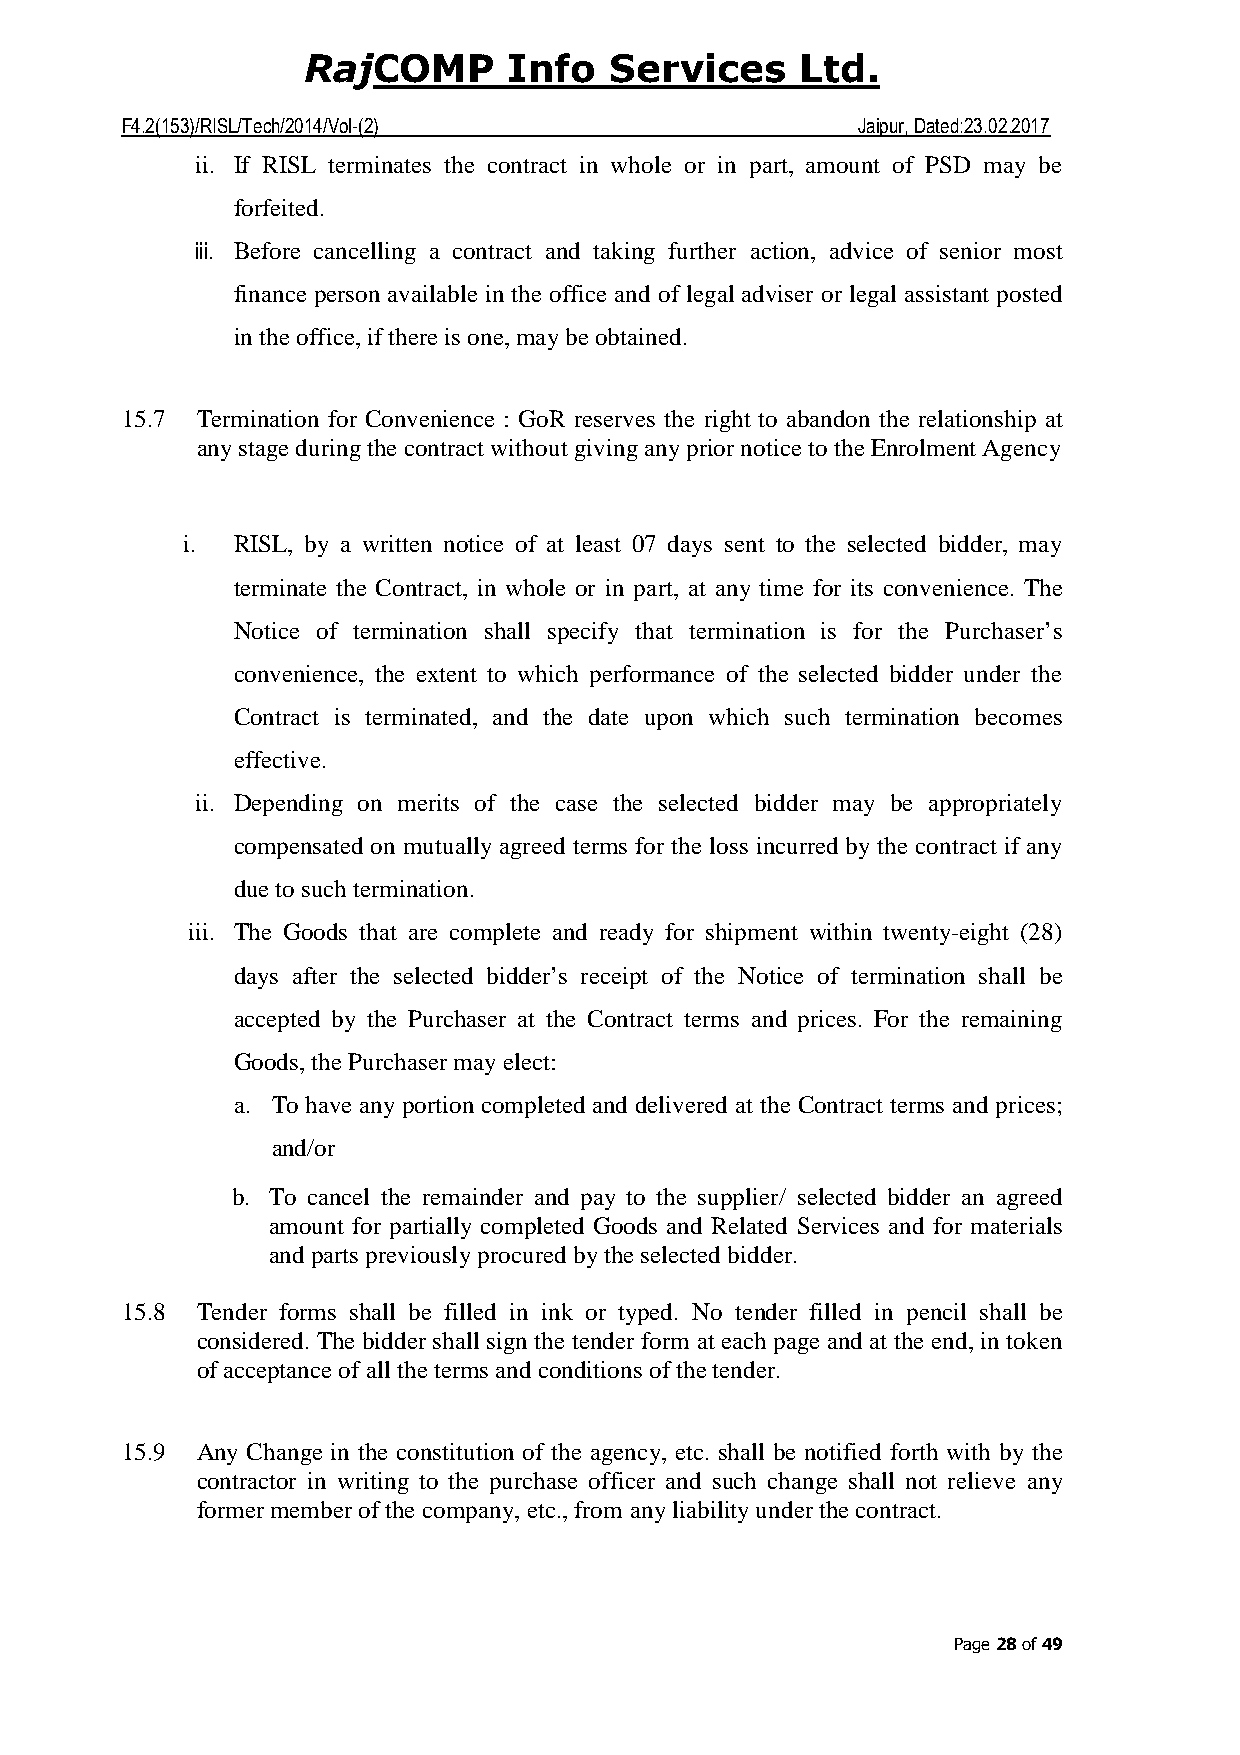
COMP     Info  Services     Ltd.
 Raj
 F4.2(153)/RISL/Tech/2014/Vol-(2)                 Jaipur, Dated:23.02.2017
 ii. If RISL terminates the contract in whole or in part, amount of PSD may be
 forfeited.
 iii. Before cancelling a contract and taking further action, advice of senior most
 finance person available in the office and of legal adviser or legal assistant posted
 in the office, if there is one, may be obtained.
 15.7 Termination for Convenience : GoR reserves the right to abandon the relationship at
 any stage during the contract without giving any prior notice to the Enrolment Agency
 i. RISL, by a written notice of at least 07 days sent to the selected bidder, may
 terminate the Contract, in whole or in part, at any time for its convenience. The
 Notice of termination shall specify that termination is for the Purchaser’s
 convenience, the extent to which performance of the selected bidder under the
 Contract is terminated, and the date upon which such termination becomes
 effective.
 ii. Depending on merits of the case the selected bidder may be appropriately
 compensated on mutually agreed terms for the loss incurred by the contract if any
 due to such termination.
 iii. The Goods that are complete and ready for shipment within twenty-eight (28)
 days after the selected bidder’s receipt of the Notice of termination shall be
 accepted by the Purchaser at the Contract terms and prices. For the remaining
 Goods, the Purchaser may elect:
 a. To have any portion completed and delivered at the Contract terms and prices;
 and/or
 b. To cancel the remainder and pay to the supplier/ selected bidder an agreed
 amount for partially completed Goods and Related Services and for materials
 and parts previously procured by the selected bidder.
 15.8 Tender forms shall be filled in ink or typed. No tender filled in pencil shall be
 considered. The bidder shall sign the tender form at each page and at the end, in token
 of acceptance of all the terms and conditions of the tender.
 15.9 Any Change in the constitution of the agency, etc. shall be notified forth with by the
 contractor in writing to the purchase officer and such change shall not relieve any
 former member of the company, etc., from any liability under the contract.
 Page 28 of 49